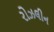
રોઝલીન